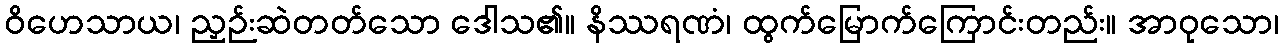
ဝိဟေသာယ၊ ညှဉ်းဆဲတတ်သော ဒေါသ၏။ နိဿရဏံ၊ ထွက်မြောက်ကြောင်းတည်း။ အာဝုသော၊